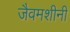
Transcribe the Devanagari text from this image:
जैवमशीनी